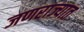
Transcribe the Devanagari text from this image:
जणराज्यात